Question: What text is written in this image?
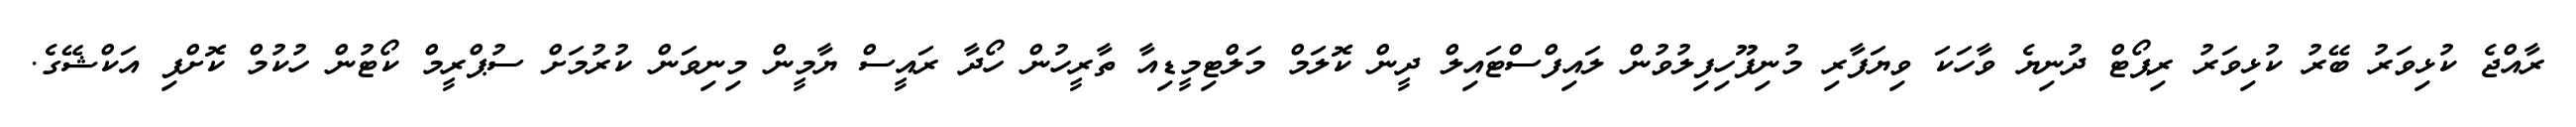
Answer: ރާއްޖެ ކުޅިވަރު ބޭރު ކުޅިވަރު ރިޕޯޓް ދުނިޔެ ވާހަކަ ވިޔަފާރި މުނިފޫހިފިލުވުން ލައިފްސްޓައިލް ދީން ކޮލަމް މަލްޓިމީޑިއާ ތާރީހުން ހޯދާ ރައީސް ޔާމީން މިނިވަން ކުރުމަށް ސުޕްރީމް ކޯޓުން ހުކުމް ކޮށްފި އަކްޝޭގެ.